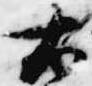
右